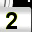
Digit: 2